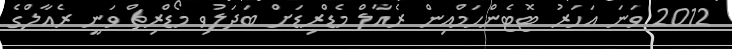
2012 ވަނަ އަހަރު ޓޮޓެންހަމްއިން ރެއާލް މެޑްރިޑަށް ބަދަލުވި މޯޑްރިޗް ވަނީ ރެއާލްގެ